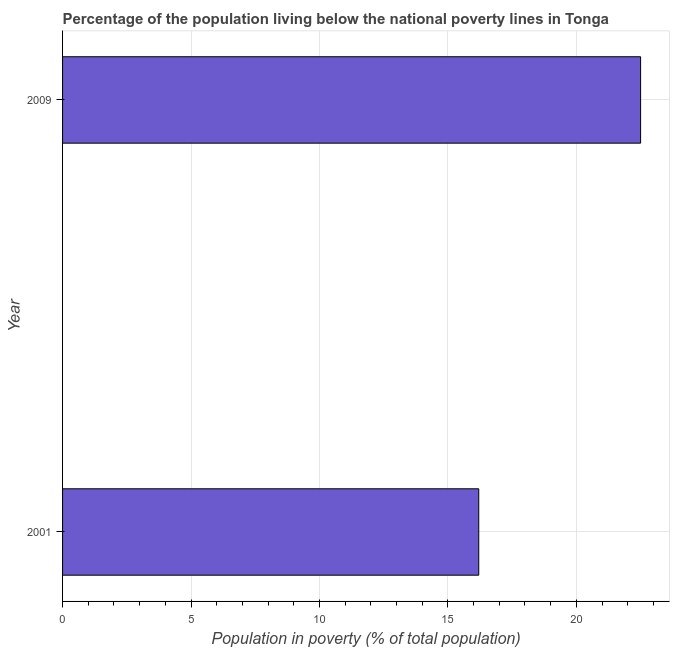
| Year | Poverty headcount ratio |
 | --- | --- |
 | 2001 | 16.2 |
 | 2009 | 22.5 |